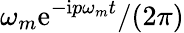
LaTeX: \omega_{m}\mathrm{e}^{-\mathrm{i}p\omega_{m}t}/(2\pi)